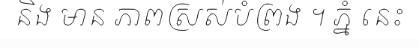
និង មាន ភាពស្រស់បំព្រង ។ ភ្នំ នេះ